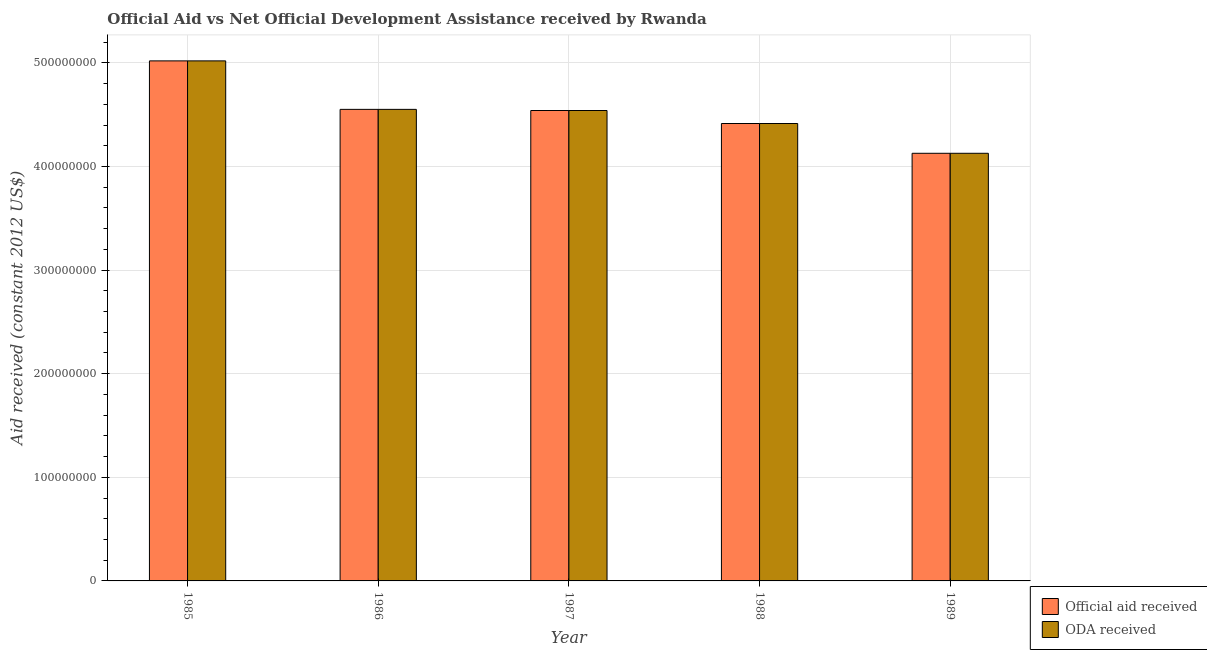
| Year | Official aid received | ODA received |
 | --- | --- | --- |
 | 1985 | 5.02e+08 | 5.02e+08 |
 | 1986 | 4.55e+08 | 4.55e+08 |
 | 1987 | 4.54e+08 | 4.54e+08 |
 | 1988 | 4.41e+08 | 4.41e+08 |
 | 1989 | 4.13e+08 | 4.13e+08 |